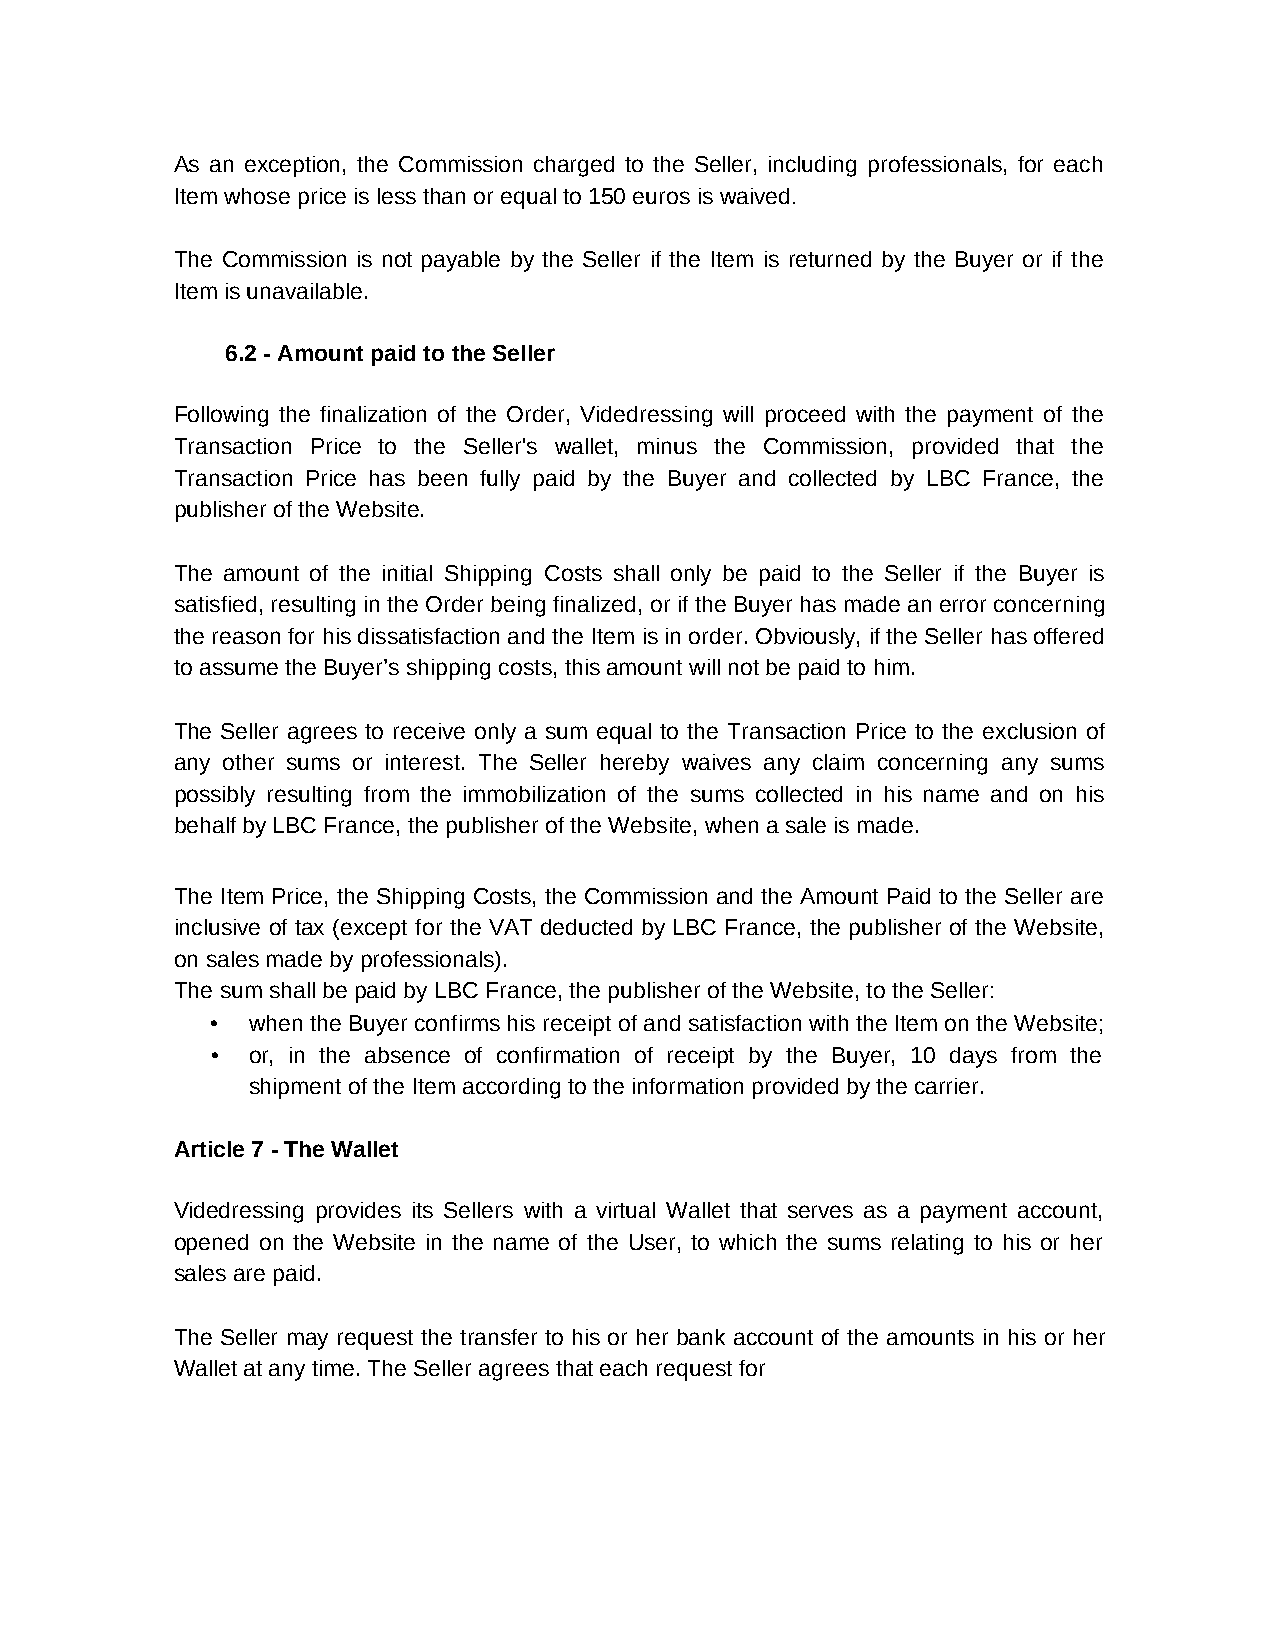
As an exception, the Commission charged to the Seller, including professionals, for each
 Item whose price is less than or equal to 150 euros is waived.
 The Commission is not payable by the Seller if the Item is returned by the Buyer or if the
 Item is unavailable.
 6.2 - Amount paid to the Seller
 Following the finalization of the Order, Videdressing will proceed with the payment of the
 Transaction Price to the Seller's wallet, minus the Commission, provided that the
 Transaction Price has been fully paid by the Buyer and collected by LBC France, the
 publisher of the Website.
 The amount of the initial Shipping Costs shall only be paid to the Seller if the Buyer is
 satisfied, resulting in the Order being finalized, or if the Buyer has made an error concerning
 the reason for his dissatisfaction and the Item is in order. Obviously, if the Seller has offered
 to assume the Buyer’s shipping costs, this amount will not be paid to him.
 The Seller agrees to receive only a sum equal to the Transaction Price to the exclusion of
 any other sums or interest. The Seller hereby waives any claim concerning any sums
 possibly resulting from the immobilization of the sums collected in his name and on his
 behalf by LBC France, the publisher of the Website, when a sale is made.
 The Item Price, the Shipping Costs, the Commission and the Amount Paid to the Seller are
 inclusive of tax (except for the VAT deducted by LBC France, the publisher of the Website,
 on sales made by professionals).
 The sum shall be paid by LBC France, the publisher of the Website, to the Seller:
 • when the Buyer confirms his receipt of and satisfaction with the Item on the Website;
 • or, in the absence of confirmation of receipt by the Buyer, 10 days from the
 shipment of the Item according to the information provided by the carrier.
 Article 7 - The Wallet
 Videdressing provides its Sellers with a virtual Wallet that serves as a payment account,
 opened on the Website in the name of the User, to which the sums relating to his or her
 sales are paid.
 The Seller may request the transfer to his or her bank account of the amounts in his or her
 Wallet at any time. The Seller agrees that each request for